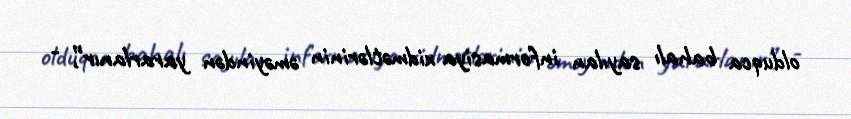
olduqca bahalı sayılan informasiya xidmətlərinin əməyindən yararlanır”, -